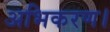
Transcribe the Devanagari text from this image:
अभिकरण।